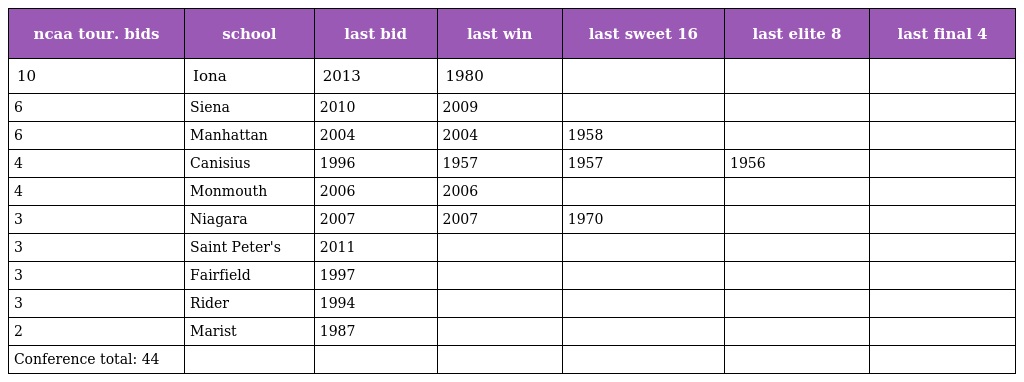
| ncaa tour. bids | school | last bid | last win | last sweet 16 | last elite 8 | last final 4 |
 | --- | --- | --- | --- | --- | --- | --- |
 | 10 | Iona | 2013 | 1980 |  |  |  |
 | 6 | Siena | 2010 | 2009 |  |  |  |
 | 6 | Manhattan | 2004 | 2004 | 1958 |  |  |
 | 4 | Canisius | 1996 | 1957 | 1957 | 1956 |  |
 | 4 | Monmouth | 2006 | 2006 |  |  |  |
 | 3 | Niagara | 2007 | 2007 | 1970 |  |  |
 | 3 | Saint Peter's | 2011 |  |  |  |  |
 | 3 | Fairfield | 1997 |  |  |  |  |
 | 3 | Rider | 1994 |  |  |  |  |
 | 2 | Marist | 1987 |  |  |  |  |
 | Conference total: 44 |  |  |  |  |  |  |